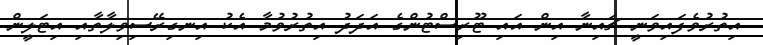
އިތުރުވެފައިވަނީ ޗައިނާ އިން އައި ޓޫރިސްޓުންގެ އަދަދު އިތުރުވުމާ އެކު އިނގިރޭސިވިލާތާއި އިޓަލީން